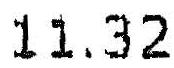
11.32